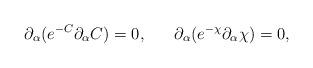
LaTeX: \begin{align*}\partial _{\alpha}(e^{-C}\partial _{\alpha}C)=0,~~~~~\partial _{\alpha}(e^{-\chi}\partial _{\alpha}\chi)=0, \end{align*}